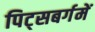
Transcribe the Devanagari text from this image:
पिट्सबर्गमें